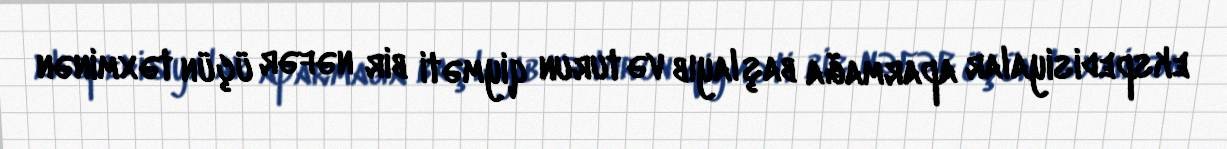
ekspedisiyalar aparmağa başlayıb və turun qiyməti bir nəfər üçün təxminən